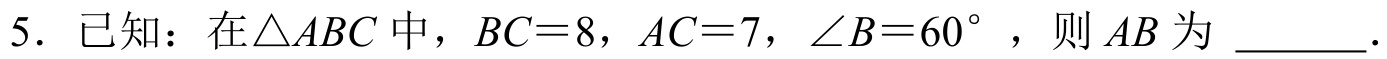
5. 已知：在$\triangle ABC$中，$BC = 8$，$AC = 7$，$\angle B = 60^{\circ}$，则$AB$为  ．